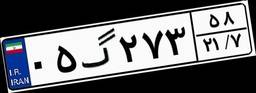
۰۵گ۲۷۳۵۸